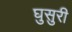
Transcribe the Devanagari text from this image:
घुसुरी